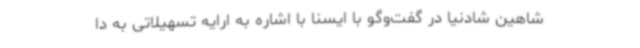
شاهین شادنیا در گفت‌وگو با ایسنا با اشاره به ارایه تسهیلاتی به دا